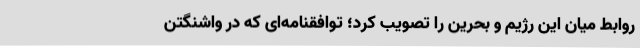
روابط میان این رژیم و بحرین را تصویب کرد؛ توافقنامه‌ای که در واشنگتن